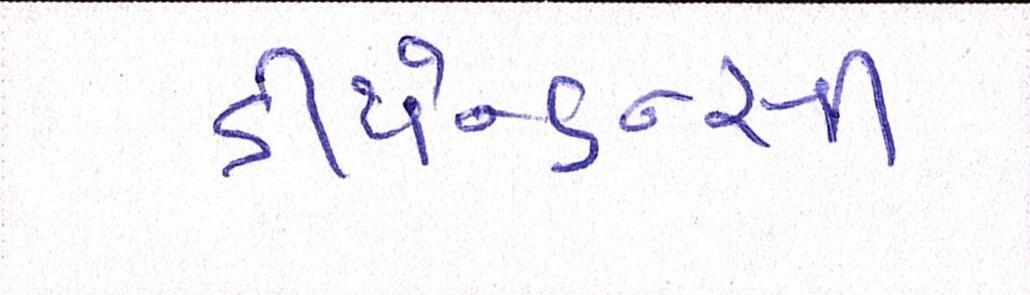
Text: ડીપેન્ડન્સી